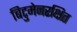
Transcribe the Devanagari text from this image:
बिटुमेनरक्षित